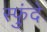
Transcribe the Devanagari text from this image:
स्फुंदे